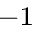
^ { - 1 }